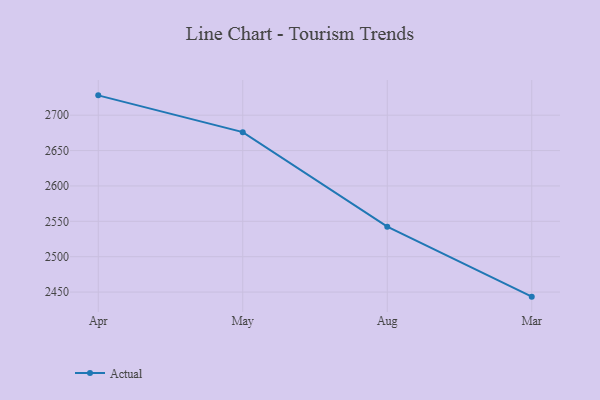
{"axis": {"x": "Month", "y": "Active Users"}, "legend": ["Actual"], "data": [{"x": "Apr", "y": 2728.1, "type": "Actual"}, {"x": "May", "y": 2676.1, "type": "Actual"}, {"x": "Aug", "y": 2542.4, "type": "Actual"}, {"x": "Mar", "y": 2443.5, "type": "Actual"}]}